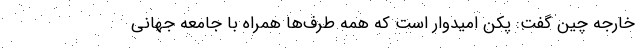
خارجه چین گفت: پکن امیدوار است که همه طرف‌ها همراه با جامعه جهانی